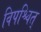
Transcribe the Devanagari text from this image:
विपश्चित्‌